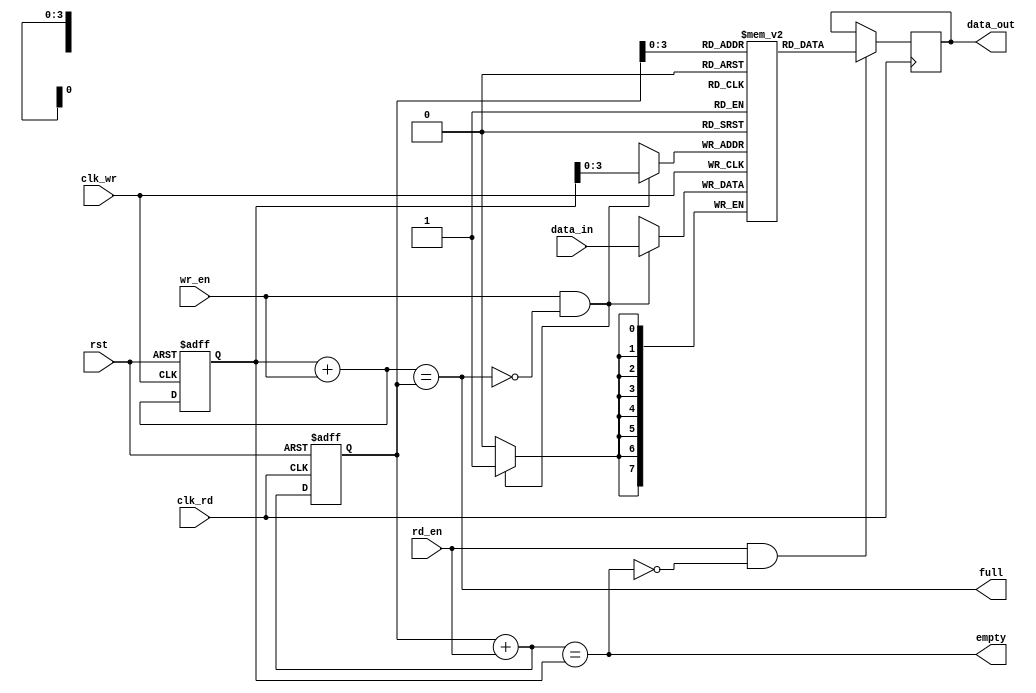
module async_fifo (
  input wire clk_wr,
  input wire clk_rd,
  input wire rst,
  input wire wr_en,
  input wire rd_en,
  input wire [7:0] data_in,
  output wire [7:0] data_out,
  output wire full,
  output wire empty
);

  parameter DEPTH = 16;
  reg [7:0] fifo [0:DEPTH-1];
  reg [4:0] wr_ptr, rd_ptr;
  reg [4:0] wr_ptr_next, rd_ptr_next;
  reg full_reg, empty_reg;

  // Write Control Module
  always @(posedge clk_wr or posedge rst) begin
    if (rst) begin
      wr_ptr <= 5'b00000;
    end else begin
      wr_ptr <= wr_ptr_next;
    end
  end

  always @(*) begin
    wr_ptr_next = wr_ptr + wr_en;
    full_reg = (wr_ptr_next == rd_ptr);
  end

  // Read Control Module
  always @(posedge clk_rd or posedge rst) begin
    if (rst) begin
      rd_ptr <= 5'b00000;
    end else begin
      rd_ptr <= rd_ptr_next;
    end
  end

  always @(*) begin
    rd_ptr_next = rd_ptr + rd_en;
    empty_reg = (rd_ptr_next == wr_ptr);
  end

  // Synchronization Blocks
  always @(posedge clk_wr) begin
    if (wr_en && !full_reg) begin
      fifo[wr_ptr] <= data_in;
    end
  end

  always @(posedge clk_rd) begin
    if (rd_en && !empty_reg) begin
      data_out <= fifo[rd_ptr];
    end
  end

  assign full = full_reg;
  assign empty = empty_reg;

endmodule